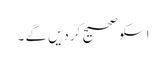
اسکو صحیح کردیں گے ۔